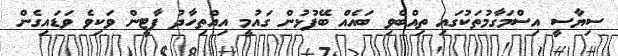
ސިޔާސީ އިސްމަގާމުތަކުގައި ތިއްބެވި ބައެއް ބޭފުޅުން ގައުމީ އިއްތިހާދު ޕާޓީން ވަކިވެ ވަޑައިގެން